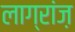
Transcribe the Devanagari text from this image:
लाग्रांज़